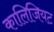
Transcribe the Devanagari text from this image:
कालिजियट